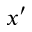
x ^ { \prime }